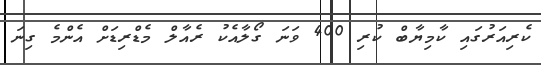
ކެރިއަރުގައި ކާމިޔާބް ކުރި 400 ވަނަ ގޯލާއެކު ރެއާލް މެޑްރިޑަށް އެންމެ ގިނަ